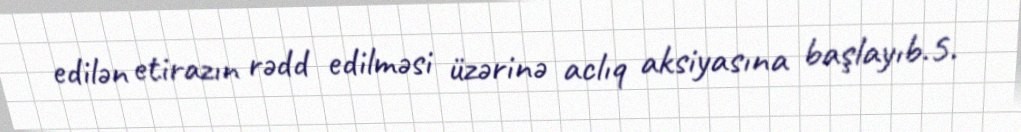
edilən etirazın rədd edilməsi üzərinə aclıq aksiyasına başlayıb.5.